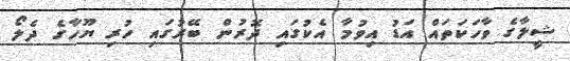
ޝީލާގެ ވާހަކަތައް އަޑު އިވުމާ އެކުގައި ދޮރުން ބޭރުގައި ހުރި ޔޫހާގެ ދެލޯ